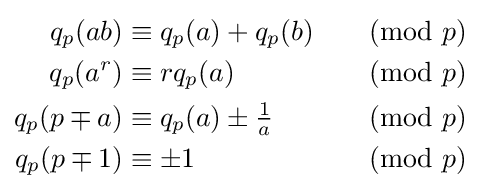
{\begin{aligned}q_{p}(ab)&\equiv q_{p}(a)+q_{p}(b)&&{\pmod {p}}\\q_{p}(a^{r})&\equiv rq_{p}(a)&&{\pmod {p}}\\q_{p}(p\mp a)&\equiv q_{p}(a)\pm {\tfrac {1}{a}}&&{\pmod {p}}\\q_{p}(p\mp 1)&\equiv \pm 1&&{\pmod {p}}\end{aligned}}